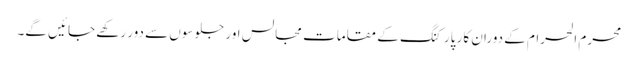
محرم الحرام کے دوران کار پارکنگ کے مقامات مجالس اور جلوسوں سے دور رکھے جائیں گے۔